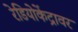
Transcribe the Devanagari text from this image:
रेडियोकेंद्रावर